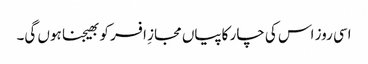
اسی روز اس کی چار کاپیاں مجازِ افسر کو بھیجنا ہوں گی۔